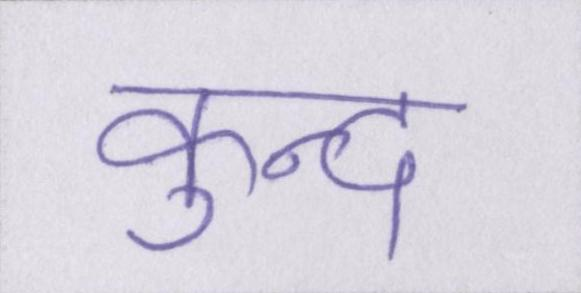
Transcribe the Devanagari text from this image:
कुन्द